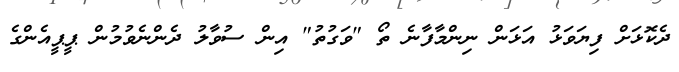
ދެކޮޅަށް ފިޔަވަޅު އަޅަން ނިންމާފާނެ ތޯ "ވަގުތު" އިން ސުވާލު ދެންނެވުމުން ޕީޕީއެންގެ